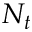
N _ { t }